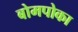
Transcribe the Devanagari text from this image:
बोमपोका